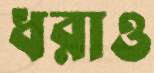
ধরাও